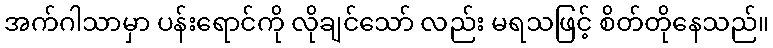
အက်ဂါသာမှာ ပန်းရောင်ကို လိုချင်သော် လည်း မရသဖြင့် စိတ်တိုနေသည်။